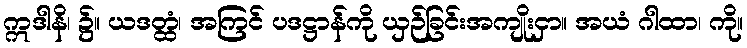
ဣဒါနိ၊ ၌။ ယဒတ္ထံ၊ အကြင် ပဒဋ္ဌာန်ကို ယှဉ်ခြင်းအကျိုးငှာ။ အယံ ဂါထာ၊ ကို။